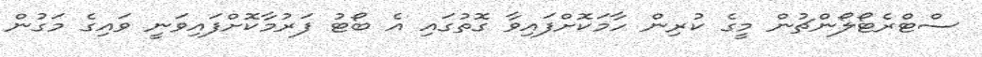
ސްޓްރެޓޯލޯންޗުން މީގެ ކުރިން ހާމަކޮށްފައިވާ ގޮތުގައި އެ ބޯޓު ފަރުމާކޮށްފައިވަނީ ވައިގެ މަގުން